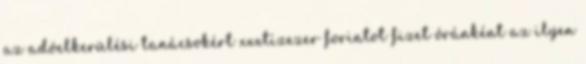
az adóelkerülési tanácsokért xxxtízezer forintot fizet óránként az ilyen